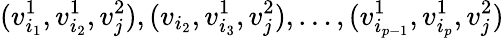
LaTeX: (v_{i_{1}}^{1},v_{i_{2}}^{1},v_{j}^{2}),(v_{i_{2}},v_{i_{3}}^{1},v_{j}^{2}),\ldots,(v_{i_{p-1}}^{1},v_{i_{p}}^{1},v_{j}^{2})